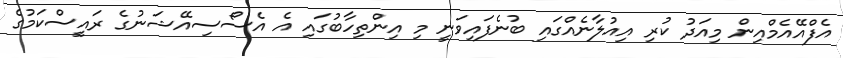
އެފްއޭއެމްއިން މިއަދު ކުރި އިއުލާނެއްގައި ބުނެފައިވަނީ މި އިންތިހާބުގައި އެ އެސޯސިއޭޝަނުގެ ރައީސްކަމުގެ